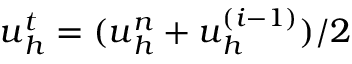
\boldsymbol { u } _ { h } ^ { t } = ( \boldsymbol { u } _ { h } ^ { n } + \boldsymbol { u } _ { h } ^ { ( i - 1 ) } ) / 2